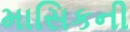
માસિકની